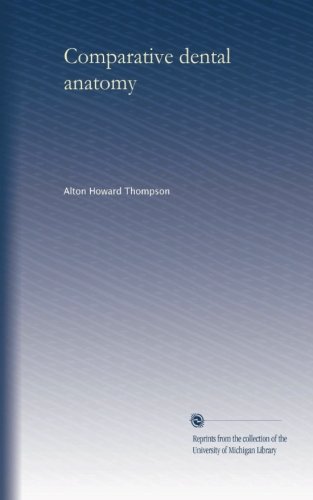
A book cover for Comparative dental anatomy; Alton Howard Thompson; Medical Books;